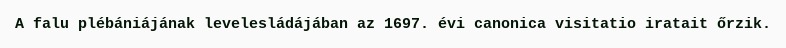
A falu plébániájának levelesládájában az 1697. évi canonica visitatio iratait őrzik.